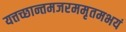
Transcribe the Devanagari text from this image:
यत्तच्छान्तमजरममृतमभयं